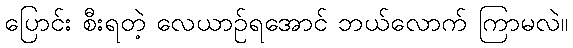
ပြောင်း စီးရတဲ့ လေယာဉ်ရအောင် ဘယ်လောက် ကြာမလဲ။